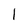
Character: l